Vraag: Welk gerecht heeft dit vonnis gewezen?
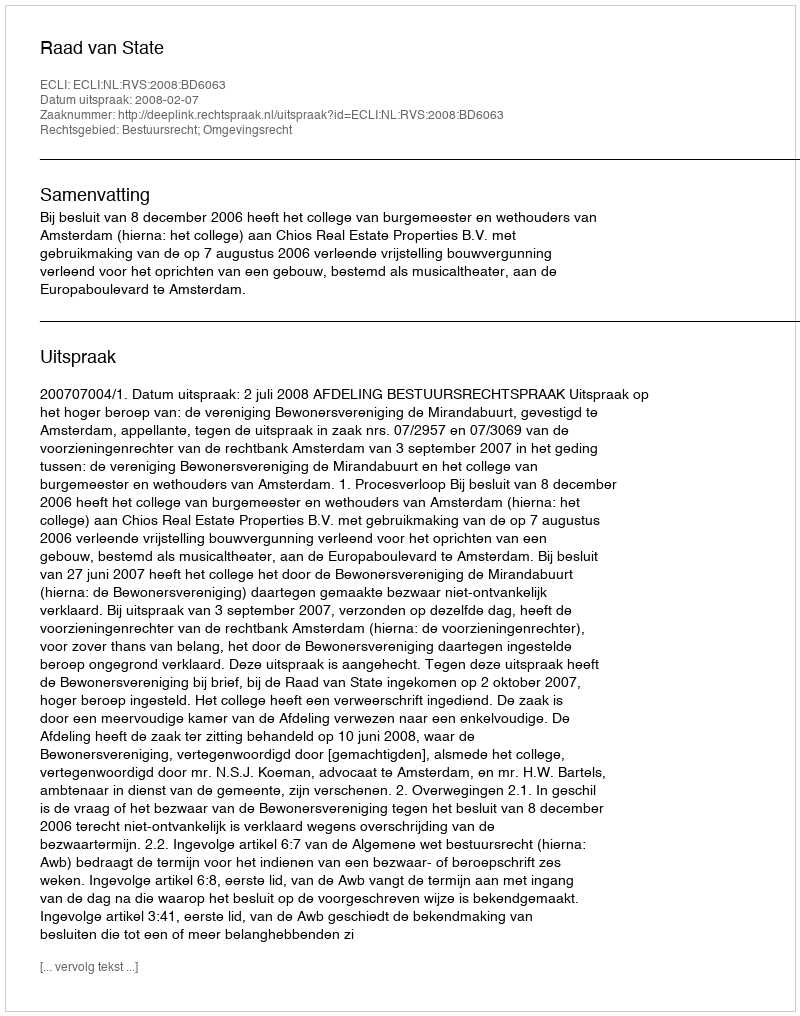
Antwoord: Raad van State